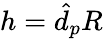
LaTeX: h=\hat{d}_{p}R